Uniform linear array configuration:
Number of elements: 64
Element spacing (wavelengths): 0.75
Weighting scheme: hann
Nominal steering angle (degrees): -45
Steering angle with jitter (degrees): -46.424
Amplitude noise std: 0.05
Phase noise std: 0.05

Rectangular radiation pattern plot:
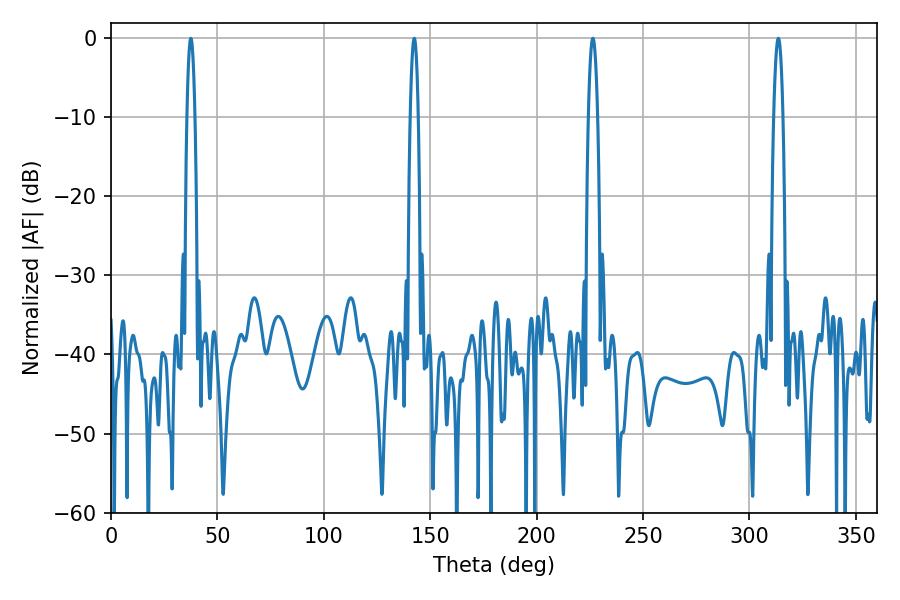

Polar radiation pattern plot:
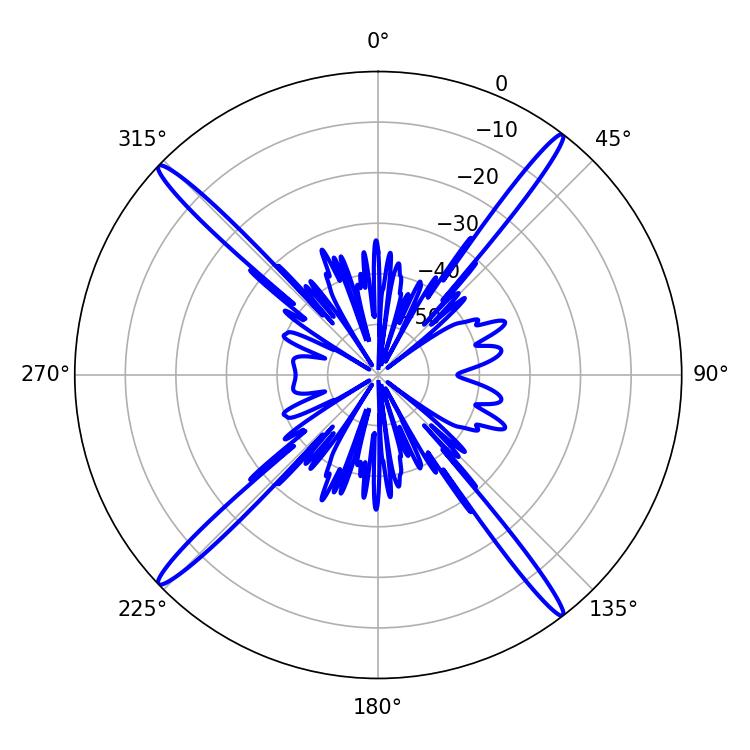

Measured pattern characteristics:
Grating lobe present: TRUE
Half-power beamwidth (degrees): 2.34
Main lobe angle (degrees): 313.56